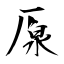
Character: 厡